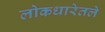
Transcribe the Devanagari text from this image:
लोकधारेतले